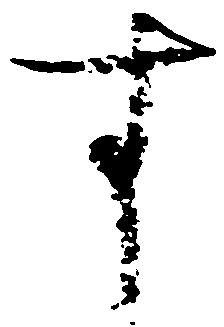
す